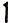
1